Vaccination in Bombay 1856-1862 - 1856-1862
Year: 1856
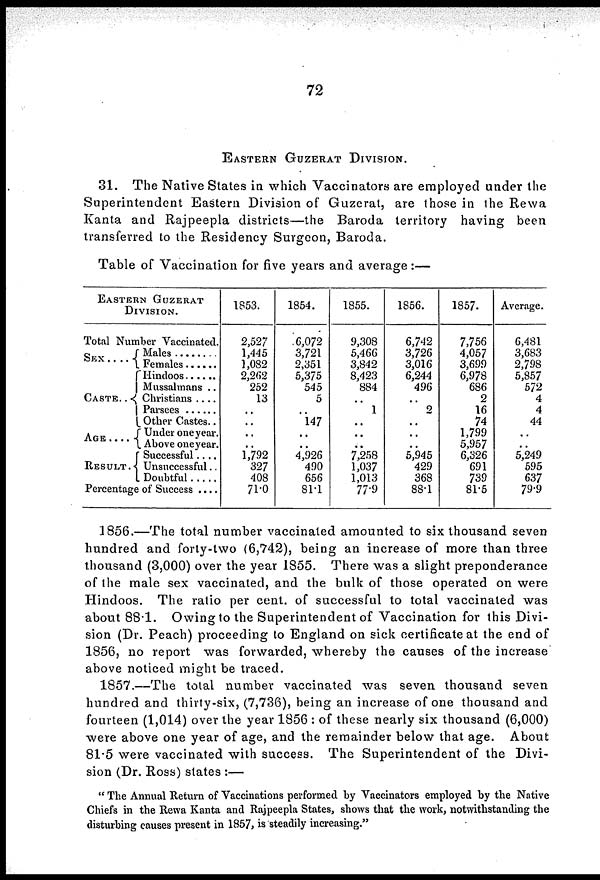
72
EASTERN GUZERAT DIVISION.
31. The Native States in which Vaccinators are employed under the
Superintendent Eastern Division of Guzerat, are those in the Rewa
Kanta and Rajpeepla districts—the Baroda territory having been
transferred to the Residency Surgeon, Baroda.
Table of Vaccination for five years and average:—
EASTERN GUZERAT
DIVISION.
Total Number Vaccinated.
SEX . . . . .
CASTE . . .
AGE . . . .
RESULT .
Males . . . . . .
Females . . . . .
Hindoos . . . .
Mussalmans . .
Christians . . . .
Parsees . . . .
Other Castes..
Under one year.
Above one year.
Successful . . .
Unsuccessful..
Doubtful . . .
Percentage of Success ....
1853.
2,527
1,445
1,082
2,262
252
13
..
..
..
..
1,792
327
408
71.0
1854.
6,072
3,721
2,351
5,375
545
5
..
147
..
..
4,926
490
656
81.1
1855.
9,308
5,466
3,842
8,423
884
..
1
..
..
..
7,258
1,037
1,013
77.9
1856.
6,742
3,726
3,016
6,244
496
..
2
..
..
..
5,945
429
368
88.1
1857.
7,756
4,057
3,699
6,978
686
2
16
74
1,799
5,957
6,326
691
739
81.5
Average.
6,481
3,683
2,798
5,857
572
4
4
44
..
..
5,249
595
637
79.9
1856.—The total number vaccinated amounted to six thousand seven
hundred and forty-two (6,742), being an increase of more than three
thousand (3,000) over the year 1855. There was a slight preponderance
of the male sex vaccinated, and the bulk of those operated on were
Hindoos. The ratio per cent. of successful to total vaccinated was
about 88.1. Owing to the Superintendent of Vaccination for this Divi-
sion (Dr. Peach) proceeding to England on sick certificate at the end of
1856, no report was forwarded, whereby the causes of the increase
above noticed might be traced.
1857.—The total number vaccinated was seven thousand seven
hundred and thirty-six, (7,736), being an increase of one thousand and
fourteen (1,014) over the year 1856 : of these nearly six thousand (6,000)
were above one year of age, and the remainder below that age. About
81.5 were vaccinated with success. The Superintendent of the Divi-
sion (Dr. Ross) states :—
" The Annual Return of Vaccinations performed by Vaccinators employed by the Native
Chiefs in the Rewa Kanta and Rajpeepla States, shows that the work, notwithstanding the
disturbing causes present in 1857, is steadily increasing."